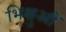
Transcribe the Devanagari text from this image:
भिक्षुऔं